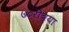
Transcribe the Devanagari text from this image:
७०रीच्या